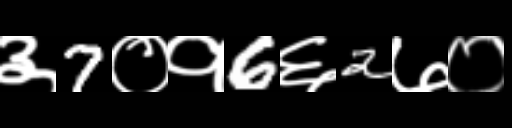
Text: ३7०१6६2७०